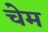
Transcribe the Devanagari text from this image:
चेम